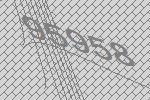
95958